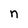
Character: n